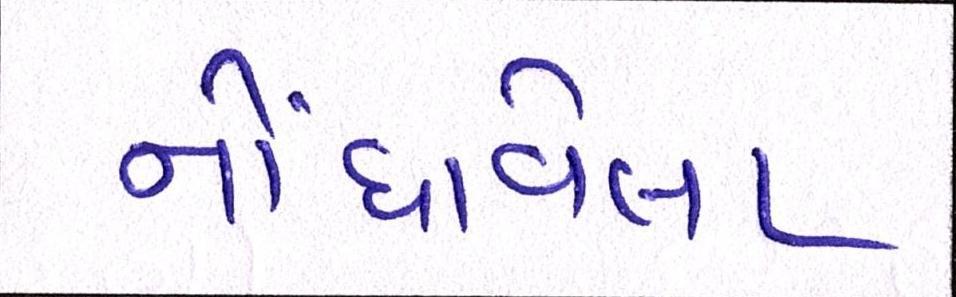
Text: નોંધાવેલા